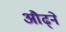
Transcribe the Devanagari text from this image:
औढ्ने